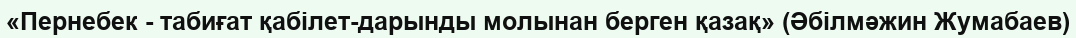
«Пернебек - табиғат қабілет-дарынды молынан берген қазақ» (Әбілмәжин Жумабаев)